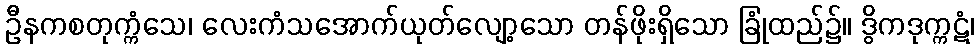
ဦနကစတုက္ကံသေ၊ လေးကံသအောက်ယုတ်လျော့သော တန်ဖိုးရှိသော ခြုံထည်၌။ ဒွိကဒုက္ကဋံ၊